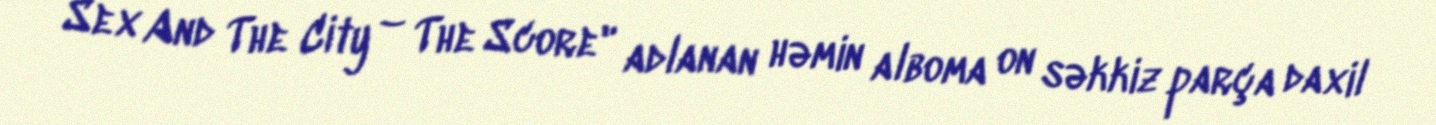
Sex And The City – The Score" adlanan həmin alboma on səkkiz parça daxil